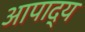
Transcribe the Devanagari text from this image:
आपाद्य